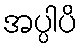
အပ္ပါပိ